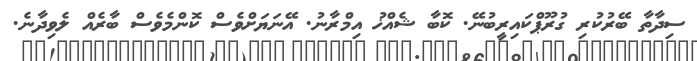
ސިދާތާ ބޭރުކުރި ގުރޫޕްކައިރީބުނޭ. ކޮބާ ޝެއްޚު އިމްރާނު. އޭނަޔަށްވެސް ކޮންމެވެސް ބާރެއް ލެވިދާނެ.